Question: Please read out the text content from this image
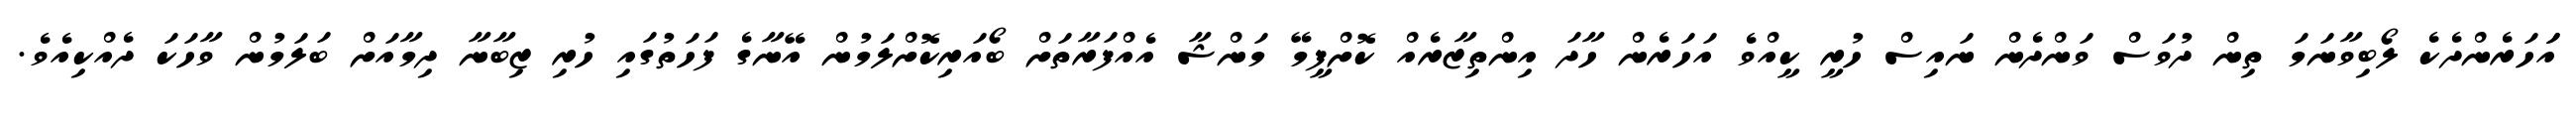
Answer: އަަހަރެންދެކެ ލޯބިވާނަމަ ތިން ދުވަސް ވަންދެން ނައިސް ހުރީ ކީއްވެ އަހަރެން ހާދަ އިންތިޒާރެއް ކޮށްފީމޭ މަންޝާ އެއްފަރާތަށް ބޯއަރިކޮށްލަމުން އޭނާގެ ފަހަތުގައި ހުރި ޒިބާނާ ދިމާއަށް ބަލަމުން ވާހަކަ ދެއްކިއެވެ.